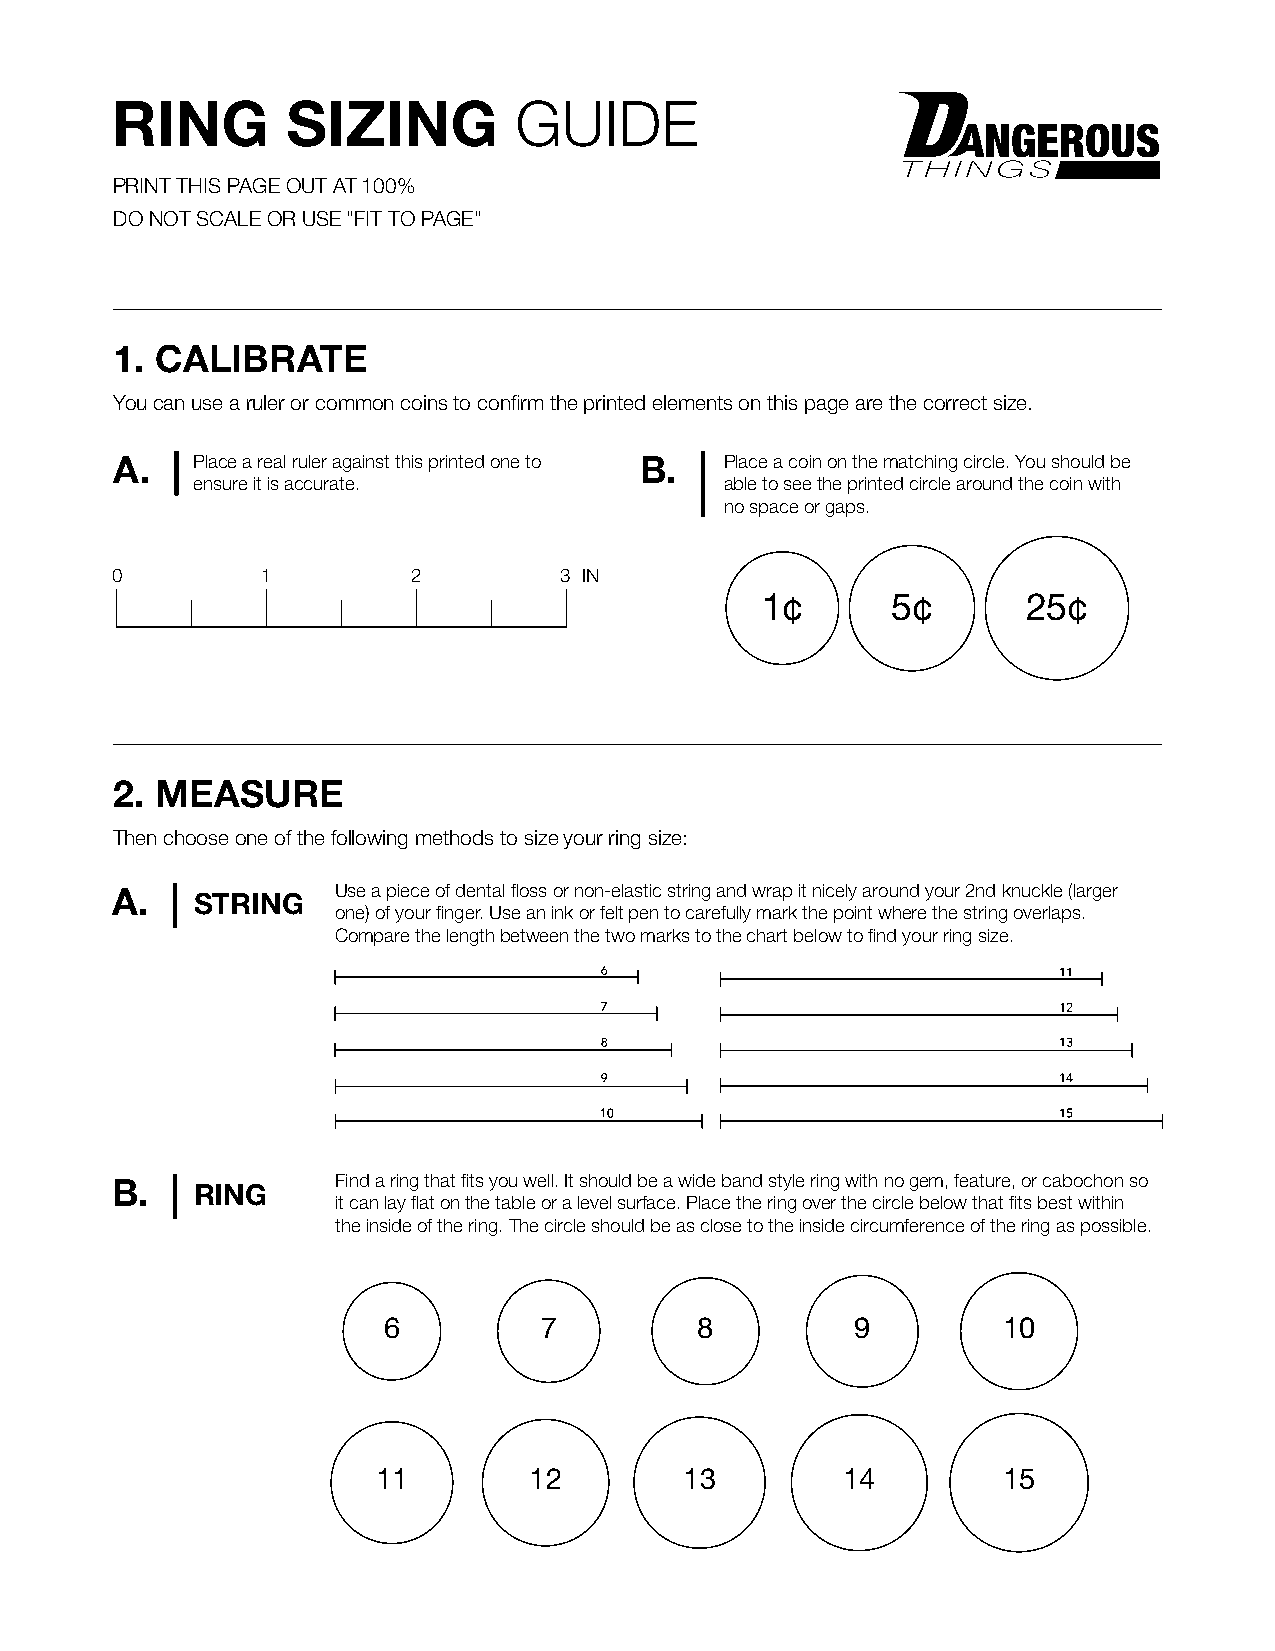
RING        SIZING         GUIDE
 PRINT THIS PAGE OUT AT 100%
 DO NOT SCALE OR USE "FIT TO PAGE"
 1. CALIBRATE
 You can use a ruler or common coins to confirm the printed elements on this page are the correct size.
 A.   Place a real ruler against this printed one to B. Place a coin on the matching circle. You should be
 ensure it is accurate.             able to see the printed circle around the coin with
 no space or gaps.
 0         1         2         3 IN
 1¢       5¢       25¢
 2. MEASURE
 Then choose one of the following methods to size your ring size:
 A.    STRING   Use a piece of dental floss or non-elastic string and wrap it nicely around your 2nd knuckle (larger
 one) of your finger. Use an ink or felt pen to carefully mark the point where the string overlaps.
 Compare the length between the two marks to the chart below to find your ring size.
 B.    RING     Find a ring that fits you well. It should be a wide band style ring with no gem, feature, or cabochon so
 it can lay flat on the table or a level surface. Place the ring over the circle below that fits best within
 the inside of the ring. The circle should be as close to the inside circumference of the ring as possible.
 6          7         8          9        10
 11        12        13         14        15